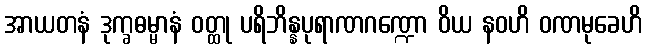
အာယတနံ ဒုက္ခဓမ္မာနံ ဝတ္ထု ပရိဘိန္နပုရာဏဂဏ္ဍော ဝိယ နဝဟိ ဝဏမုခေဟိ